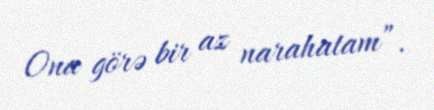
Ona görə bir az narahatam”.